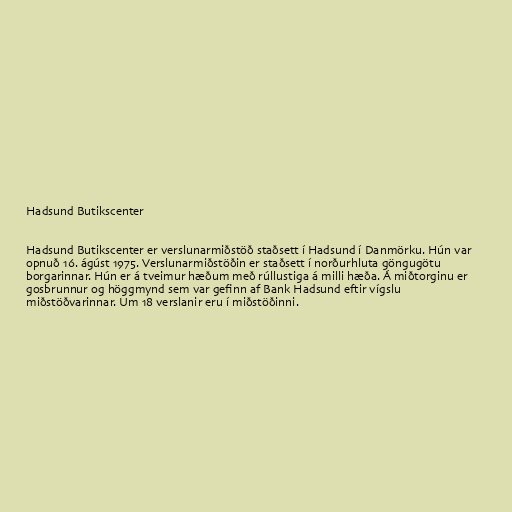
Hadsund Butikscenter

Hadsund Butikscenter er verslunarmiðstöð staðsett í Hadsund í Danmörku. Hún var
opnuð 16. ágúst 1975. Verslunarmiðstöðin er staðsett í norðurhluta göngugötu
borgarinnar. Hún er á tveimur hæðum með rúllustiga á milli hæða. Á miðtorginu er
gosbrunnur og höggmynd sem var gefinn af Bank Hadsund eftir vígslu
miðstöðvarinnar. Um 18 verslanir eru í miðstöðinni.